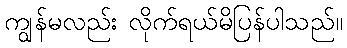
ကျွန်မလည်း လိုက်ရယ်မိပြန်ပါသည်။